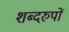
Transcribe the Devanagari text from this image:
शब्दरुपों